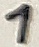
Text: 1